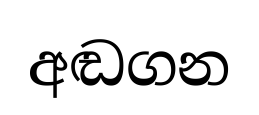
අඬගන